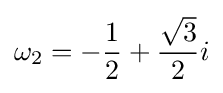
\omega _{2}=-{\frac {1}{2}}+{\frac {\sqrt {3}}{2}}i